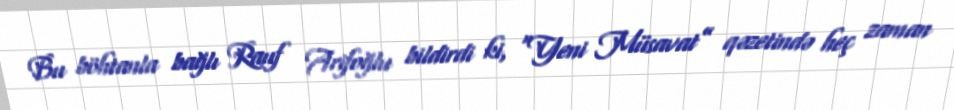
Bu böhtanla bağlı Rauf Arifoğlu bildirdi ki, “Yeni Müsavat” qəzetində heç zaman